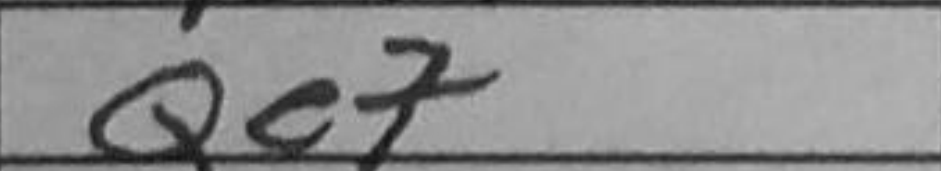
Transcription: Qe7